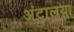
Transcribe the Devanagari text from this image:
अंटालया